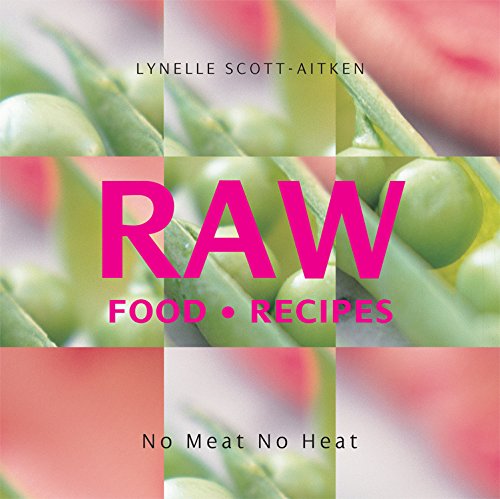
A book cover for RAW Food Recipes: No Meat, No Heat; Lynelle Scott-Aitken; Cookbooks, Food & Wine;